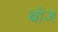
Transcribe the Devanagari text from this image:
बोंज